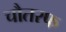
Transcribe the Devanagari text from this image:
चौतरफ